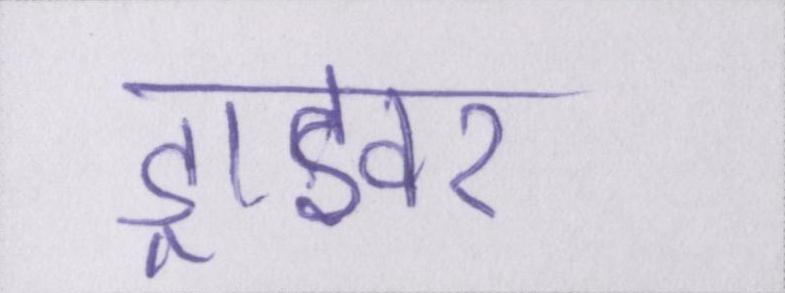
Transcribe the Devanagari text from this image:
ड्राइवर